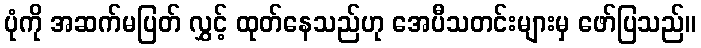
ပုံကို အဆက်မပြတ် လွှင့် ထုတ်နေသည်ဟု အေပီသတင်းများမှ ဖော်ပြသည်။